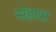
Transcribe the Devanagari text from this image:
संहारा